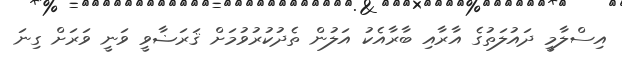
އިސްލާމީ ދައުލަތުގެ އާރާއި ބާރާއެކު އަލުން ތެދުކުރުވުމަށް ޤަަރަޟާވީ ވަނީ ވަރަށް ގިނަ